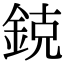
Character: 鋴